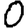
Digit: 0